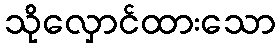
သိုလှောင်ထားသော